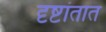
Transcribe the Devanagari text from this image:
दृष्टांतात